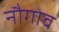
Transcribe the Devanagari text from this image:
नौगाव